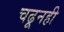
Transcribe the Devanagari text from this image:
चढूनही